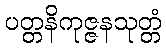
ပတ္တနိကုဇ္ဇနသုတ္တံ